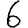
Digit: 6